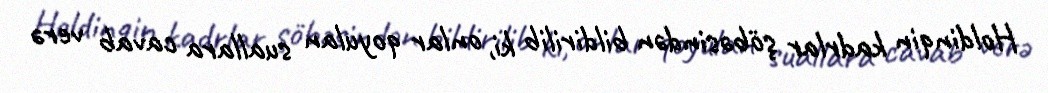
Holdinqin kadrlar şöbəsindən bildirilib ki, onlar qoyulan suallara cavab verə